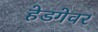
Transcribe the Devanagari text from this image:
हेडगेवर